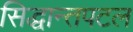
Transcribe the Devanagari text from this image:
सिद्धान्तपटल